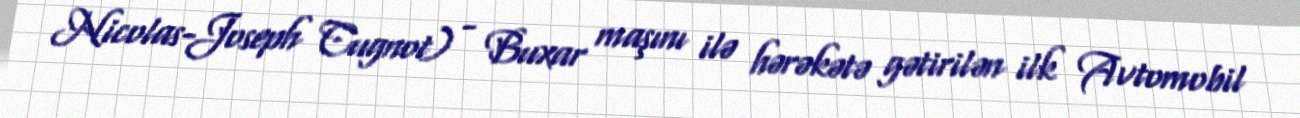
Nicolas-Joseph Cugnot) - Buxar maşını ilə hərəkətə gətirilən ilk Avtomobil